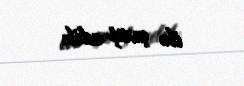
ilə çıxış edib.